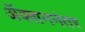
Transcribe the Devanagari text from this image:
अॅक्शननंतर